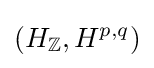
(H_{\mathbb {Z} },H^{p,q})